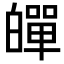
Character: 𤾠